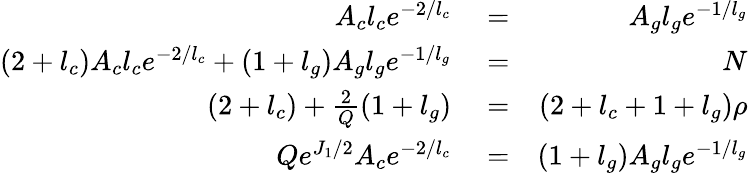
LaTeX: \begin{array}{rlr}{A_{c}l_{c}e^{-2/l_{c}}}&{{}=}&{A_{g}l_{g}e^{-1/l_{g}}}\\ {(2+l_{c})A_{c}l_{c}e^{-2/l_{c}}+(1+l_{g})A_{g}l_{g}e^{-1/l_{g}}}&{{}=}&{N}\\ {(2+l_{c})+\frac{2}{Q}(1+l_{g})}&{{}=}&{(2+l_{c}+1+l_{g})\rho}\\ {Qe^{J_{1}/2}A_{c}e^{-2/l_{c}}}&{{}=}&{(1+l_{g})A_{g}l_{g}e^{-1/l_{g}}}\end{array}